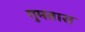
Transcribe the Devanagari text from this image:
गुमतारा